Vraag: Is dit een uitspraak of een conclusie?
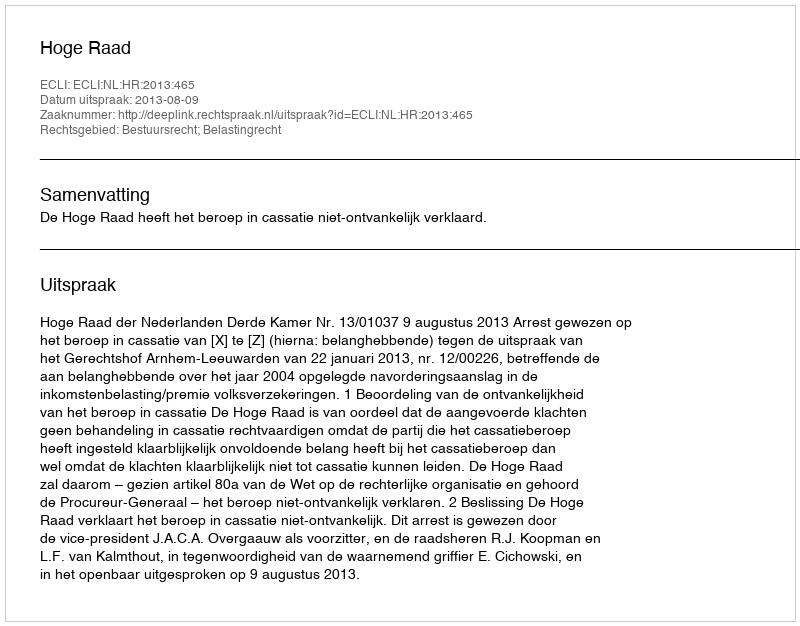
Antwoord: Uitspraak